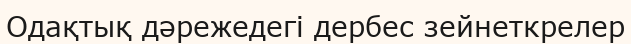
Одақтық дәрежедегі дербес зейнеткрелер